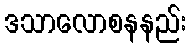
ဒသာလောစနနည်း